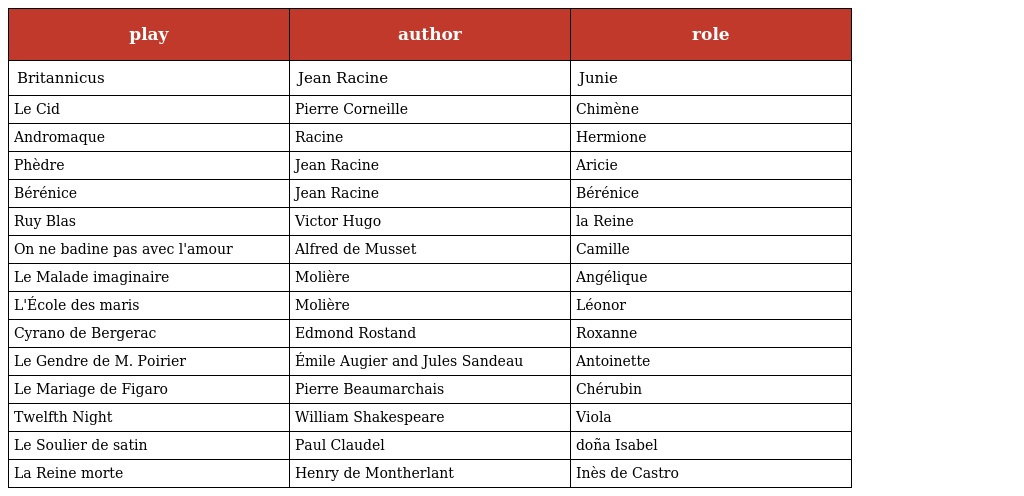
| play | author | role |
 | --- | --- | --- |
 | Britannicus | Jean Racine | Junie |
 | Le Cid | Pierre Corneille | Chimène |
 | Andromaque | Racine | Hermione |
 | Phèdre | Jean Racine | Aricie |
 | Bérénice | Jean Racine | Bérénice |
 | Ruy Blas | Victor Hugo | la Reine |
 | On ne badine pas avec l'amour | Alfred de Musset | Camille |
 | Le Malade imaginaire | Molière | Angélique |
 | L'École des maris | Molière | Léonor |
 | Cyrano de Bergerac | Edmond Rostand | Roxanne |
 | Le Gendre de M. Poirier | Émile Augier and Jules Sandeau | Antoinette |
 | Le Mariage de Figaro | Pierre Beaumarchais | Chérubin |
 | Twelfth Night | William Shakespeare | Viola |
 | Le Soulier de satin | Paul Claudel | doña Isabel |
 | La Reine morte | Henry de Montherlant | Inès de Castro |